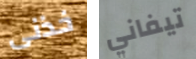
خذنى تيفاني